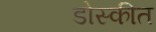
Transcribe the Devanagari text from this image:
डोस्कीत